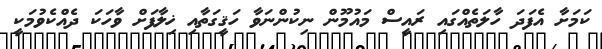
ކަމަށާ އެފަދަ ހާލަތެއްގައި ރައީސް މައުމޫން ނިކުންނަވާ ހަޤީގަތާއި ޚިލާފަށް ވާހަކަ ދެއްކެވުމަކީ